Lunatic asylums Punjab 1895-1910 - 1895-1910
Year: 1895
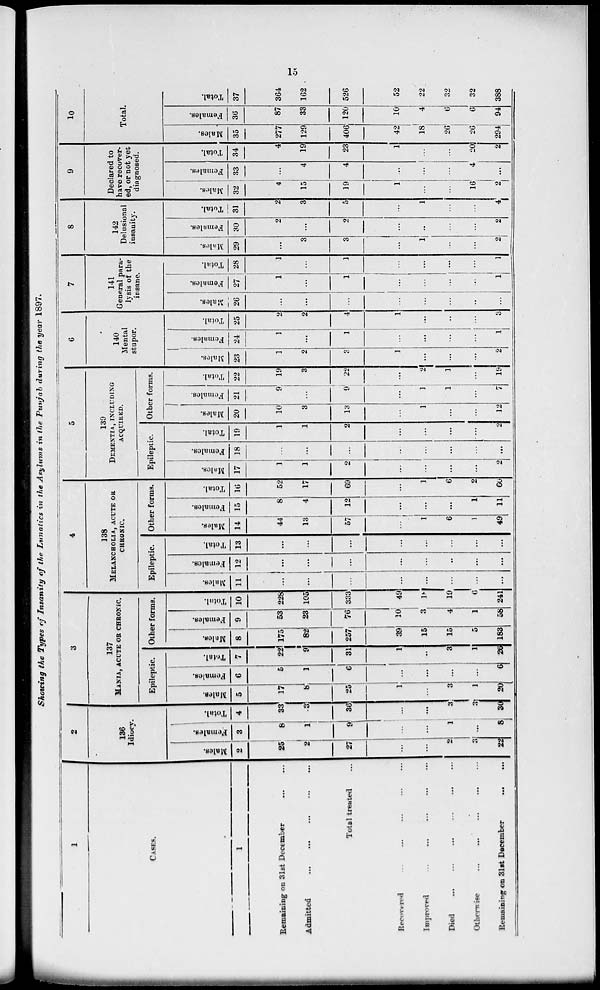
15
Showing the Types of Insanity of the Lunatics in the Asylums in the Punjab during the year 1897.
1
CASES.
1
Remainining on 31st December ......
Admitted ... ... ... ... ... ...
Total treated ...
Recovered
...
...
...
...
...
...
Improved
...
...
...
...
...
...
Died
...
...
...
...
...
...
Otherwise
...
...
...
...
...
...
Remaining on 31at December
......
2
136
Idiocy.
Males.
2
25
2
27
...
...
2
3
22
Females.
3
8
1
9
1
...
1
...
8
Total.
4
33
3
36
...
...
3
3
30
3
137
MANIA, ACUTE OR CHRONIC.
Epileptic.
Males.
5
17
8
25
1
...
3
1
20
Females.
6
5
1
6
...
...
...
...
6
Total.
7
22
9
31
1
...
3
1
26
Other forms.
Males.
8
175
82
257
39
15
15
5
183
Females.
9
53
23
76
10
3
4
1
58
Total.
10
228
105
333
49
18
19
6
241
4
138
MELANCHOLIA,ACUTE
OR
CHRONIC.
Epileptic.
Males.
11
...
...
...
...
...
...
...
...
Females.
12
...
...
...
...
...
...
...
...
Total.
13
...
...
...
...
...
...
...
...
Other forms.
Males.
14
44
13
57
...
1
6
1
49
Females.
15
8
4
12
...
...
...
1
11
Total.
16
52
17
69
...
1
6
2
60
5
139
DEMENTIA, INCLUDING
ACQUIRED.
Epileptic.
Males.
17
1
1
2
...
...
...
...
2
Females.
18
...
...
...
...
...
...
...
...
Total.
19
1
1
2
...
...
...
...
2
Other forms.
Males.
20
10
3
13
...
1
...
...
12
Females.
21
9
...
9
...
1
1
...
7
Total.
22
19
3
22
...
2
1
...
19
6
140
Mental
stupor.
Males.
23
1
2
3
1
...
...
...
2
Females.
24
1
...
1
...
...
...
...
1
Total.
25
2
2
4
1
...
...
...
3
7
141
General para-
lysis of the
insane.
Males.
26
...
...
...
...
...
...
...
...
Females.
27
1
...
1
...
...
...
...
1
Total.
28
1
...
1
...
...
...
...
1
8
142
Delusional
insanity.
Males.
29
...
3
3
...
1
...
...
2
Females.
30
2
...
2
...
...
...
...
2
Total.
31
2
3
5
...
1
...
...
4
9
Declared to
have recover-
ed, or not yet
diagnosed.
Males.
32
4
15
39
1
...
...
16
2
Females.
33
...
4
4
...
...
...
4
...
Total.
34
4
19
23
1
...
...
20
2
10
Total.
Males.
35
277
129
406
42
18
26
26
294
Females.
36
87
33
120
10
4
6
6
94
Total.
37
364
162
526
52
22
32
32
388